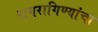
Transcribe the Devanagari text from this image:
रागरागिण्यांचा